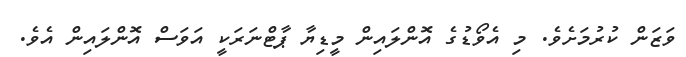
ވަޒަން ކުރުމަށެވެ. މި އެވޯޑުގެ އޮންލައިން މީޑިޔާ ޕާޓްނަރަކީ އަވަސް އޮންލައިން އެވެ.